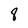
Character: 8